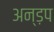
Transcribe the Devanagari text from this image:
अन्ड़प